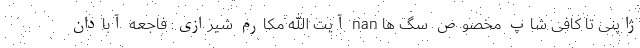
ژاپنی تا کافی شاپ مخصوص سگ ها nan آیت الله مکارم شیرازی: فاجعه آبادان